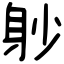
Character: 𨈘